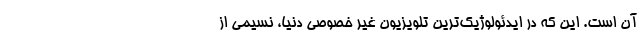
آن است. این که در ایدئولوژیک‌ترین تلویزیون غیر خصوصی دنیا، نسیمی از